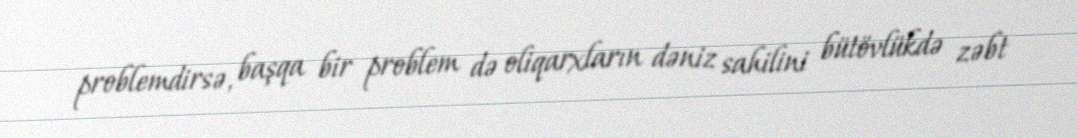
problemdirsə, başqa bir problem də oliqarxların dəniz sahilini bütövlükdə zəbt